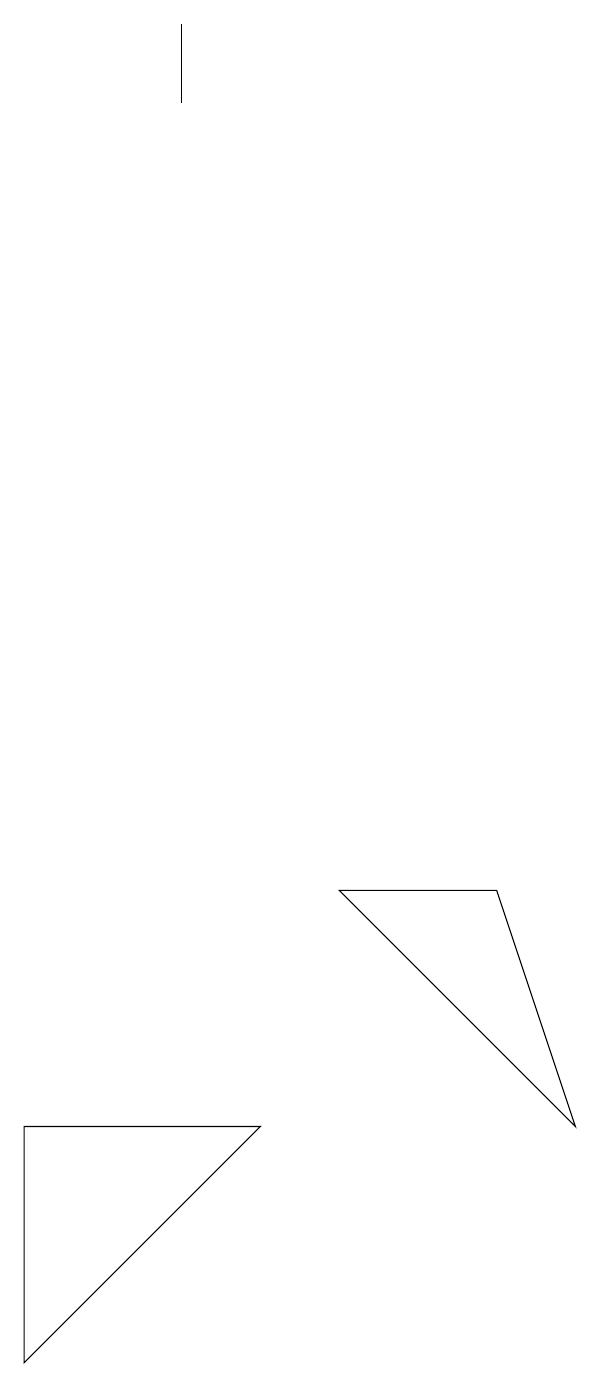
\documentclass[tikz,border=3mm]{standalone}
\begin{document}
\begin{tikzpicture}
\draw (0,3) -- (3,3) -- (0,0) -- cycle;
\draw (6,6) -- (4,6) -- (7,3) -- cycle;
\draw (2,17) rectangle (2,16);
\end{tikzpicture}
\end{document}